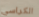
الكراسي